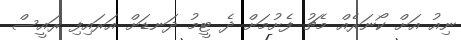
ނިއު އަށް ކޯނަރެއް މެޗު ފެށުމަށް ދެ ޓީމު ދަނޑަށް އަރައިފި ރައީސް